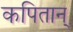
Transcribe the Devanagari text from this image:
कपितान्